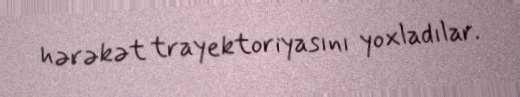
hərəkət trayektoriyasını yoxladılar.